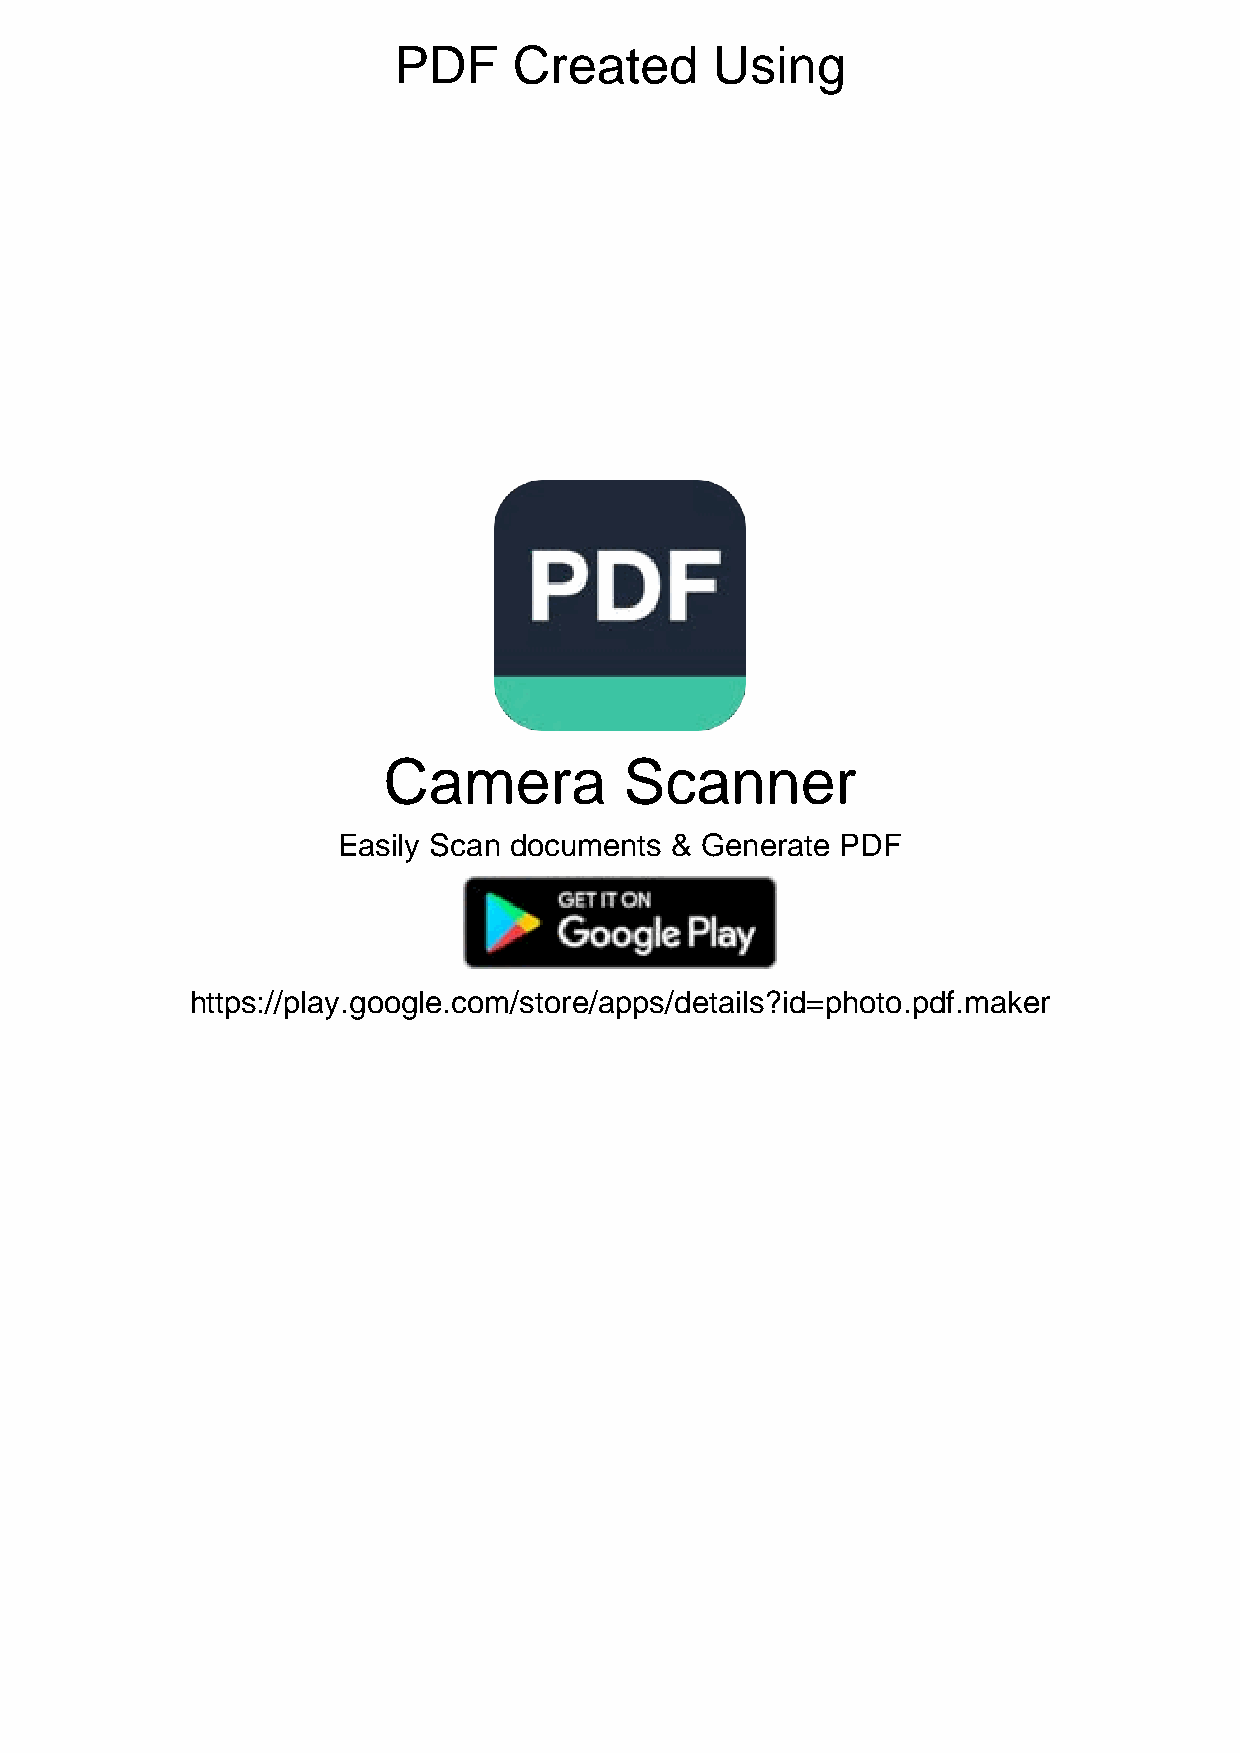
PDF     Created      Using
 Camera          Scanner
 Easily Scan documents & Generate  PDF
 https://play.google.com/store/apps/details?id=photo.pdf.maker